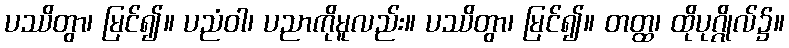
ပဿိတွာ၊ မြင်၍။ ပညံဝါ၊ ပညာကိုမူလည်း။ ပဿိတွာ၊ မြင်၍။ တတ္ထ၊ ထိုပုဂ္ဂိုလ်၌။